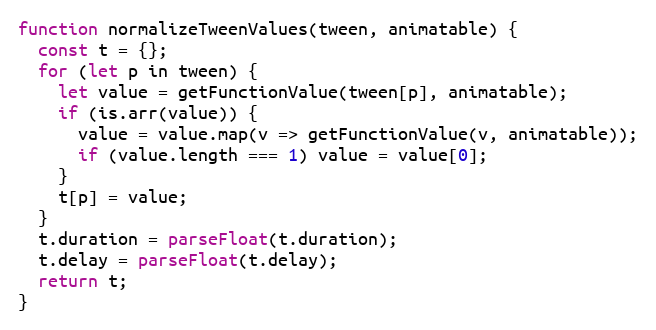
Language: JavaScript
function normalizeTweenValues(tween, animatable) {
  const t = {};
  for (let p in tween) {
    let value = getFunctionValue(tween[p], animatable);
    if (is.arr(value)) {
      value = value.map(v => getFunctionValue(v, animatable));
      if (value.length === 1) value = value[0];
    }
    t[p] = value;
  }
  t.duration = parseFloat(t.duration);
  t.delay = parseFloat(t.delay);
  return t;
}